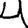
Digit: 4